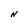
Character: N